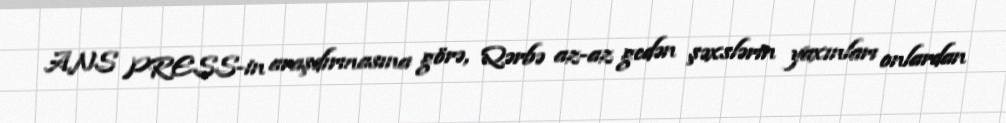
ANS PRESS-in araşdırmasına görə, Qərbə az-az gedən şəxslərin yaxınları onlardan